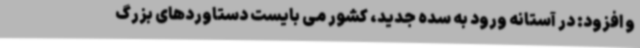
و افزود: در آستانه ورود به سده جدید، کشور می بایست دستاوردهای بزرگ